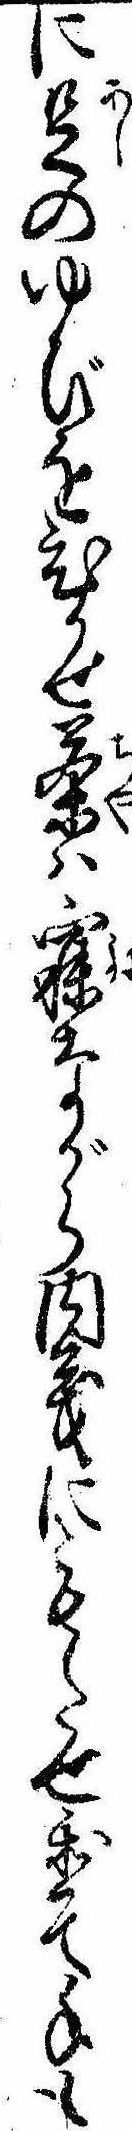
に足のゆびをひかせ茶は寐ながら内義にもたせ置て手も